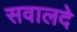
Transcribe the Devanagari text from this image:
सवालदे